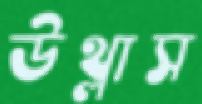
উথ্‌লাস